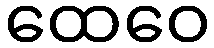
ထေဝေ